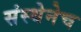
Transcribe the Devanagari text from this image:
संस्थेनेच